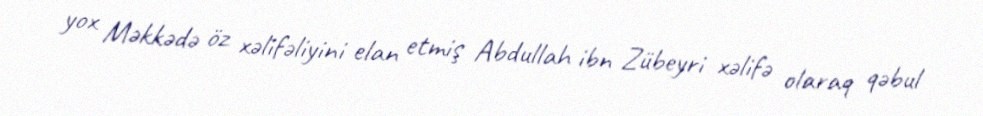
yox Məkkədə öz xəlifəliyini elan etmiş Abdullah ibn Zübeyri xəlifə olaraq qəbul